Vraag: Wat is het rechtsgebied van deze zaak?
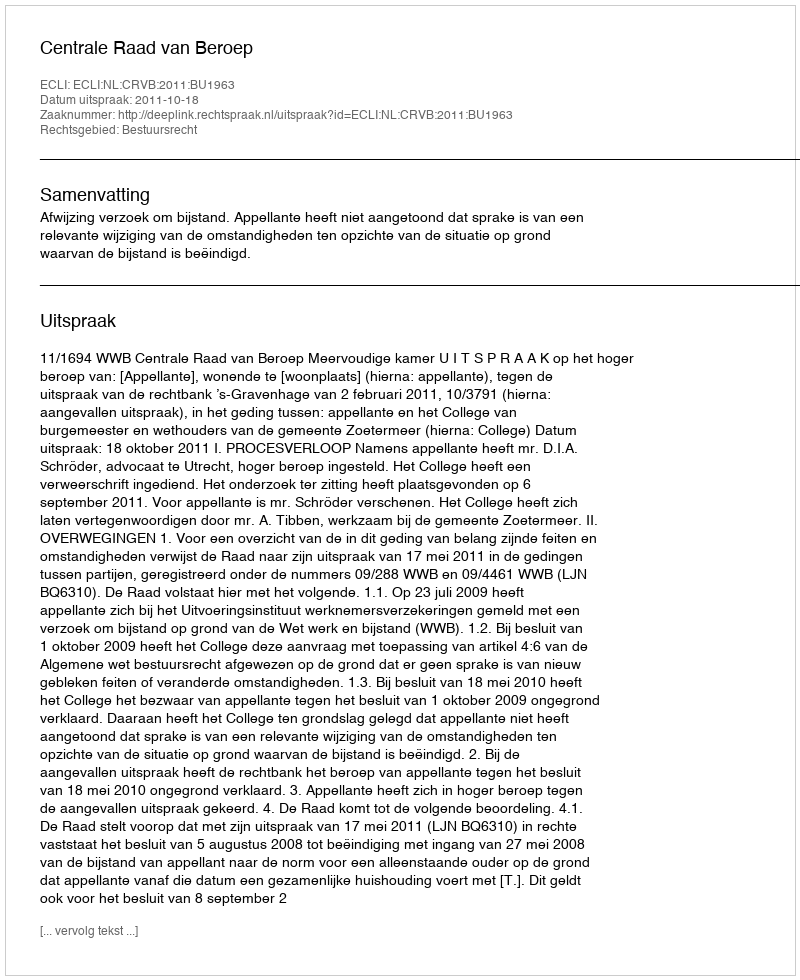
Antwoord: Bestuursrecht